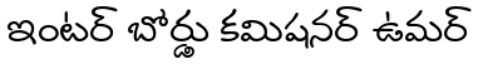
ఇంటర్ బోర్డు కమిషనర్ ఉమర్